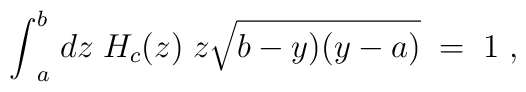
{\int}_a^b \; dz \; H_c(z) \; z \sqrt{b-y)(y-a)} \; = \;1\;,